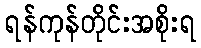
ရန်ကုန်တိုင်းအစိုးရ